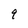
Character: 9